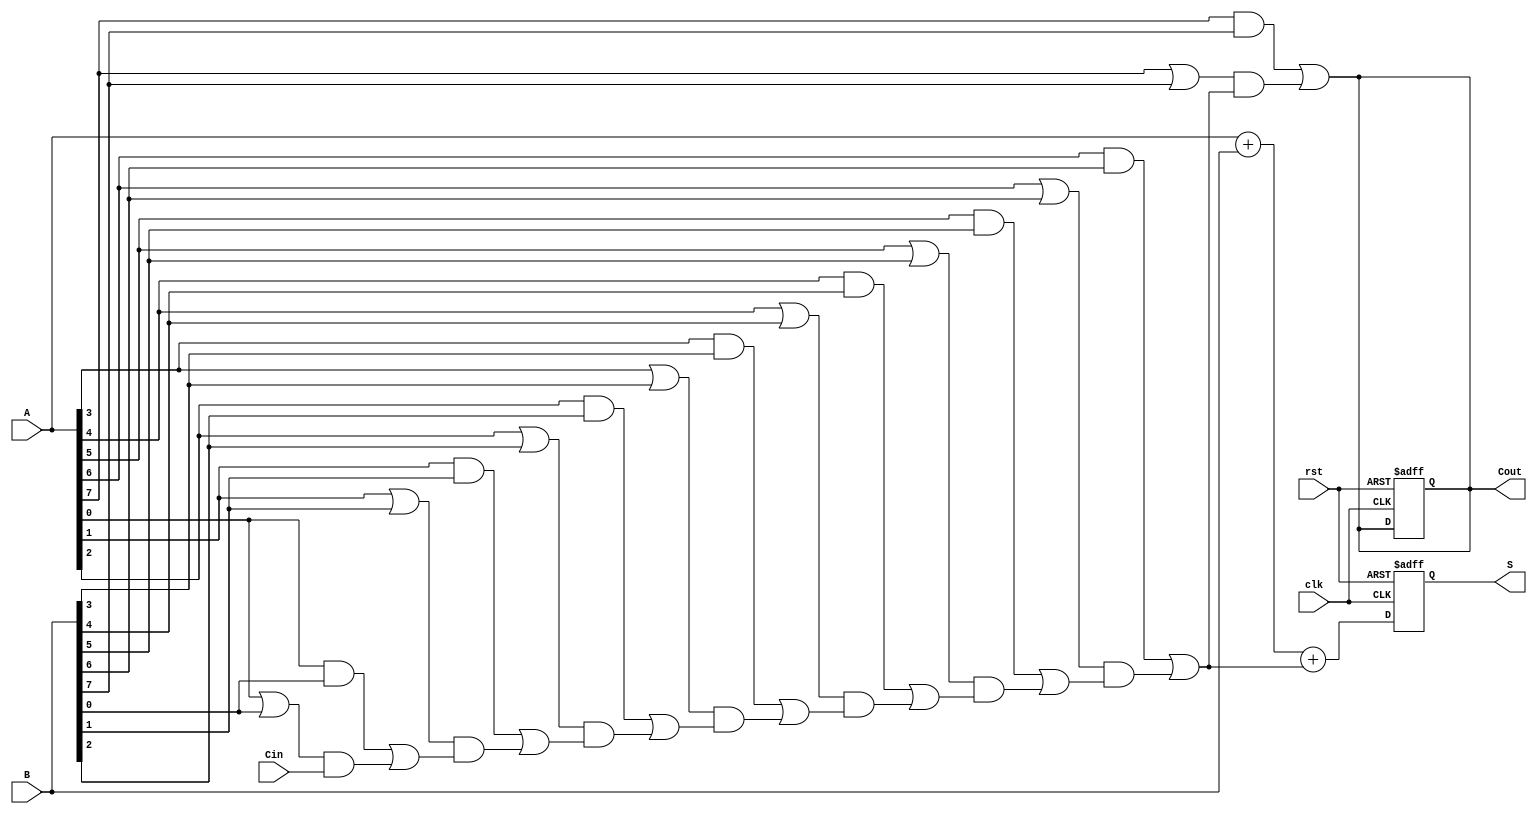
module PCLA #(parameter n = 8) (
    input  wire [n-1:0] A,
    input  wire [n-1:0] B,
    input  wire         Cin,
    input  wire         clk,
    input  wire         rst,
    output reg  [n-1:0] S,
    output reg          Cout
);
    // Intermediate wires for generate and propagate
    wire [n-1:0] G;
    wire [n-1:0] P;

    // Intermediate carries
    wire [n:0] C; // C[0] = unused, C[1] = C1, ..., C[n] = Cout

    // Stage 1: Generate and Propagate signals
    genvar i;
    generate
        for (i = 0; i < n; i = i + 1) begin : gen_prop
            assign G[i] = A[i] & B[i]; // Generate
            assign P[i] = A[i] | B[i]; // Propagate
        end
    endgenerate
    
    // Stage 2: Carry Calculation (using pipelining)
    assign C[0] = Cin; // Initial carry-in
    generate
        for (i = 0; i < n; i = i + 1) begin : carry_calc
            if (i == 0) begin
                assign C[i+1] = G[i] | (P[i] & C[i]); // C1
            end else begin
                assign C[i+1] = G[i] | (P[i] & C[i]); // C2 to Cn
            end
        end
    endgenerate

    // Stage 3: Sum Calculation
    always @(posedge clk or posedge rst) begin
        if (rst) begin
            S <= 0;
            Cout <= 0;
        end else begin
            S <= A + B + C[n-1];  // Final Sum with final carry-out
            Cout <= C[n];         // Final Carry Out
        end
    end

    // Output the carry-out and sum
    assign Cout = C[n];

endmodule